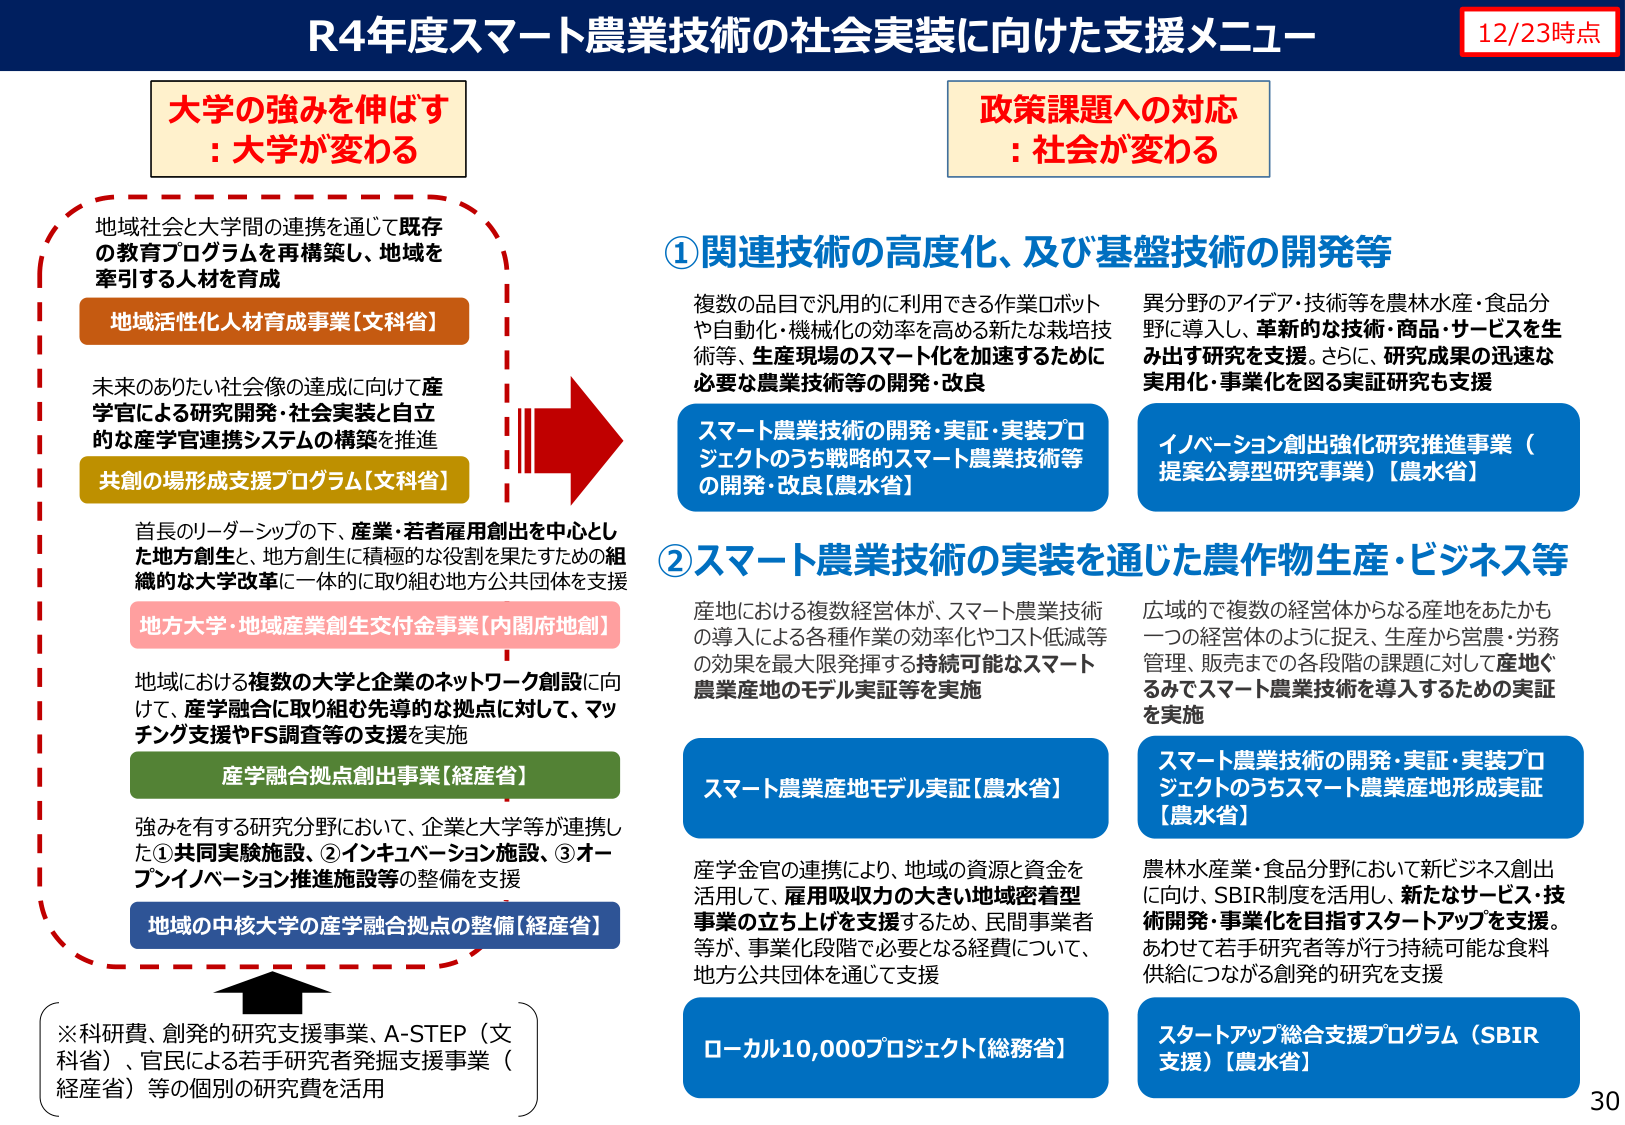
R4年度スマート農業技術の社会実装に向けた支援メニュー
12/23時点

大学の強みを伸ばす
: 大学が変わる

地域社会と大学間の連携を通じて既存
の教育プログラムを再構築し、地域を
牽引する人材を育成

地域活性化人材育成事業【文科省】

未来のありたい社会像の達成に向けて産
学官による研究開発・社会実装と自立
的な産学官連携システムの構築を推進

共創の場形成支援プログラム【文科省】

首長のリーダーシップの下、産業・若者雇用創出を中心とし
た地方創生と、地方創生に積極的な役割を果たすための組
織的な大学改革に一体的に取り組む地方公共団体を支援

地方大学・地域産業創生交付金事業【内閣府地創】

地域における複数の大学と企業のネットワーク創設に向
けて、産学融合に取り組む先導的な拠点に対して、マッ
チング支援やFS調査等の支援を実施

産学融合拠点創出事業【経産省】

強みを有する研究分野において、企業と大学等が連携し
た①共同実験施設、②インキュベーション施設、③オー
プンイノベーション推進施設等の整備を支援

地域の中核大学の産学融合拠点の整備【経産省】

※科研費、創発的研究支援事業、A-STEP（文科省）、官民による若手研究者発掘支援事業（経産省）等の個別の研究費を活用

政策課題への対応
: 社会が変わる

①関連技術の高度化、及び基盤技術の開発等

複数の品目で汎用的に利用できる作業ロボット
や自動化・機械化の効率を高める新たな栽培技
術等、生産現場のスマート化を加速するために
必要な農業技術等の開発・改良

スマート農業技術の開発・実証・実装プロ
ジェクトのうち戦略的スマート農業技術等
の開発・改良【農水省】

異分野のアイデア・技術等を農林水産・食品分
野に導入し、革新的な技術・商品・サービスを生
み出す研究を支援。さらに、研究成果の迅速な
実用化・事業化を図る実証研究も支援

イノベーション創出強化研究推進事業（
提案公募型研究事業）【農水省】

②スマート農業技術の実装を通じた農作物生産・ビジネス等

産地における複数経営体が、スマート農業技術
の導入による各種作業の効率化やコスト低減等
の効果を最大限発揮する持続可能なスマート
農業産地のモデル実証等を実施

スマート農業産地モデル実証【農水省】

産学金官の連携により、地域の資源と資金を
活用して、雇用吸収力の大きい地域密着型
事業の立ち上げを支援するため、民間事業者
等が、事業化段階で必要となる経費について、
地方公共団体を通じて支援

ローカル10,000プロジェクト【総務省】

広域的で複数の経営体からなる産地をあたかも
一つの経営体のように捉え、生産から営農・労務
管理、販売までの各段階の課題に対して産地ぐ
るみでスマート農業技術を導入するための実証
を実施

スマート農業技術の開発・実証・実装プロ
ジェクトのうちスマート農業産地形成実証
【農水省】

農林水産業・食品分野において新ビジネス創出
に向け、SBIR制度を活用し、新たなサービス・技
術開発・事業化を目指すスタートアップを支援。
あわせて若手研究者等が行う持続可能な食料
供給につながる創発的研究を支援

スタートアップ総合支援プログラム（SBIR
支援）【農水省】

30